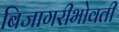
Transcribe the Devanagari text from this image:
बिजागरीभोवती